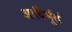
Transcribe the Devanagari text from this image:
आविर्भूतं